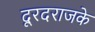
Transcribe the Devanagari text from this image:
दूरदराजके